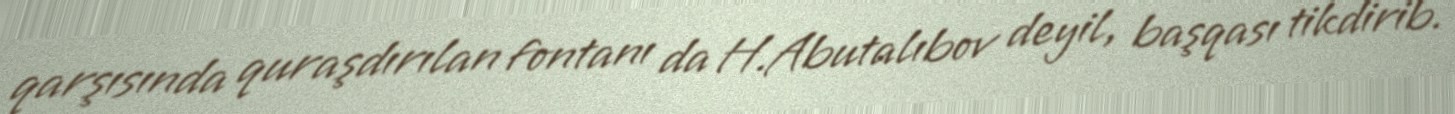
qarşısında quraşdırılan fontanı da H.Abutalıbov deyil, başqası tikdirib.